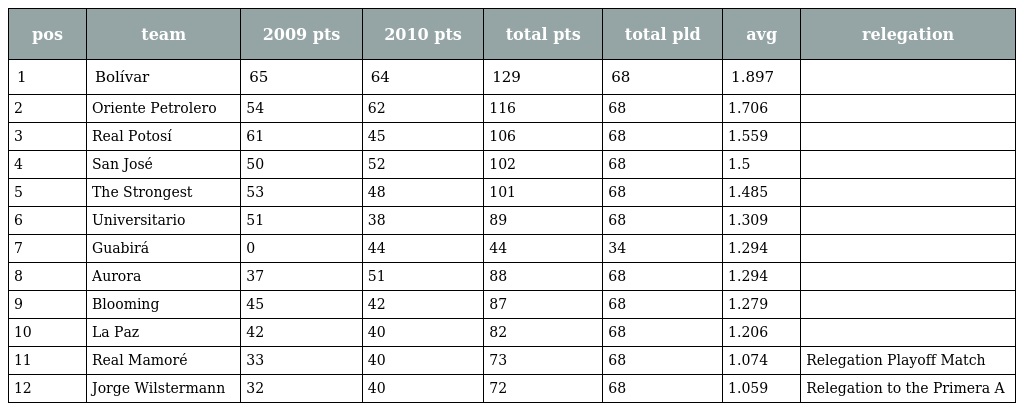
| pos | team | 2009 pts | 2010 pts | total pts | total pld | avg | relegation |
 | --- | --- | --- | --- | --- | --- | --- | --- |
 | 1 | Bolívar | 65 | 64 | 129 | 68 | 1.897 |  |
 | 2 | Oriente Petrolero | 54 | 62 | 116 | 68 | 1.706 |  |
 | 3 | Real Potosí | 61 | 45 | 106 | 68 | 1.559 |  |
 | 4 | San José | 50 | 52 | 102 | 68 | 1.5 |  |
 | 5 | The Strongest | 53 | 48 | 101 | 68 | 1.485 |  |
 | 6 | Universitario | 51 | 38 | 89 | 68 | 1.309 |  |
 | 7 | Guabirá | 0 | 44 | 44 | 34 | 1.294 |  |
 | 8 | Aurora | 37 | 51 | 88 | 68 | 1.294 |  |
 | 9 | Blooming | 45 | 42 | 87 | 68 | 1.279 |  |
 | 10 | La Paz | 42 | 40 | 82 | 68 | 1.206 |  |
 | 11 | Real Mamoré | 33 | 40 | 73 | 68 | 1.074 | Relegation Playoff Match |
 | 12 | Jorge Wilstermann | 32 | 40 | 72 | 68 | 1.059 | Relegation to the Primera A |